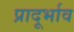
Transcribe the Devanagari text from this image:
प्रादूर्भाव